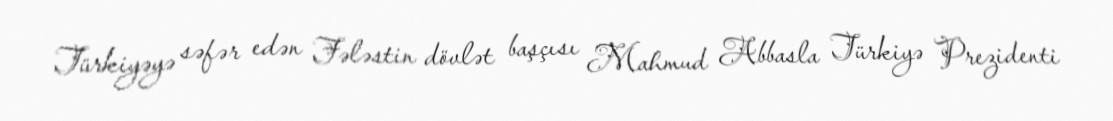
Türkiyəyə səfər edən Fələstin dövlət başçısı Mahmud Abbasla Türkiyə Prezidenti